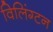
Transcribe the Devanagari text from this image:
विलिंग्टन